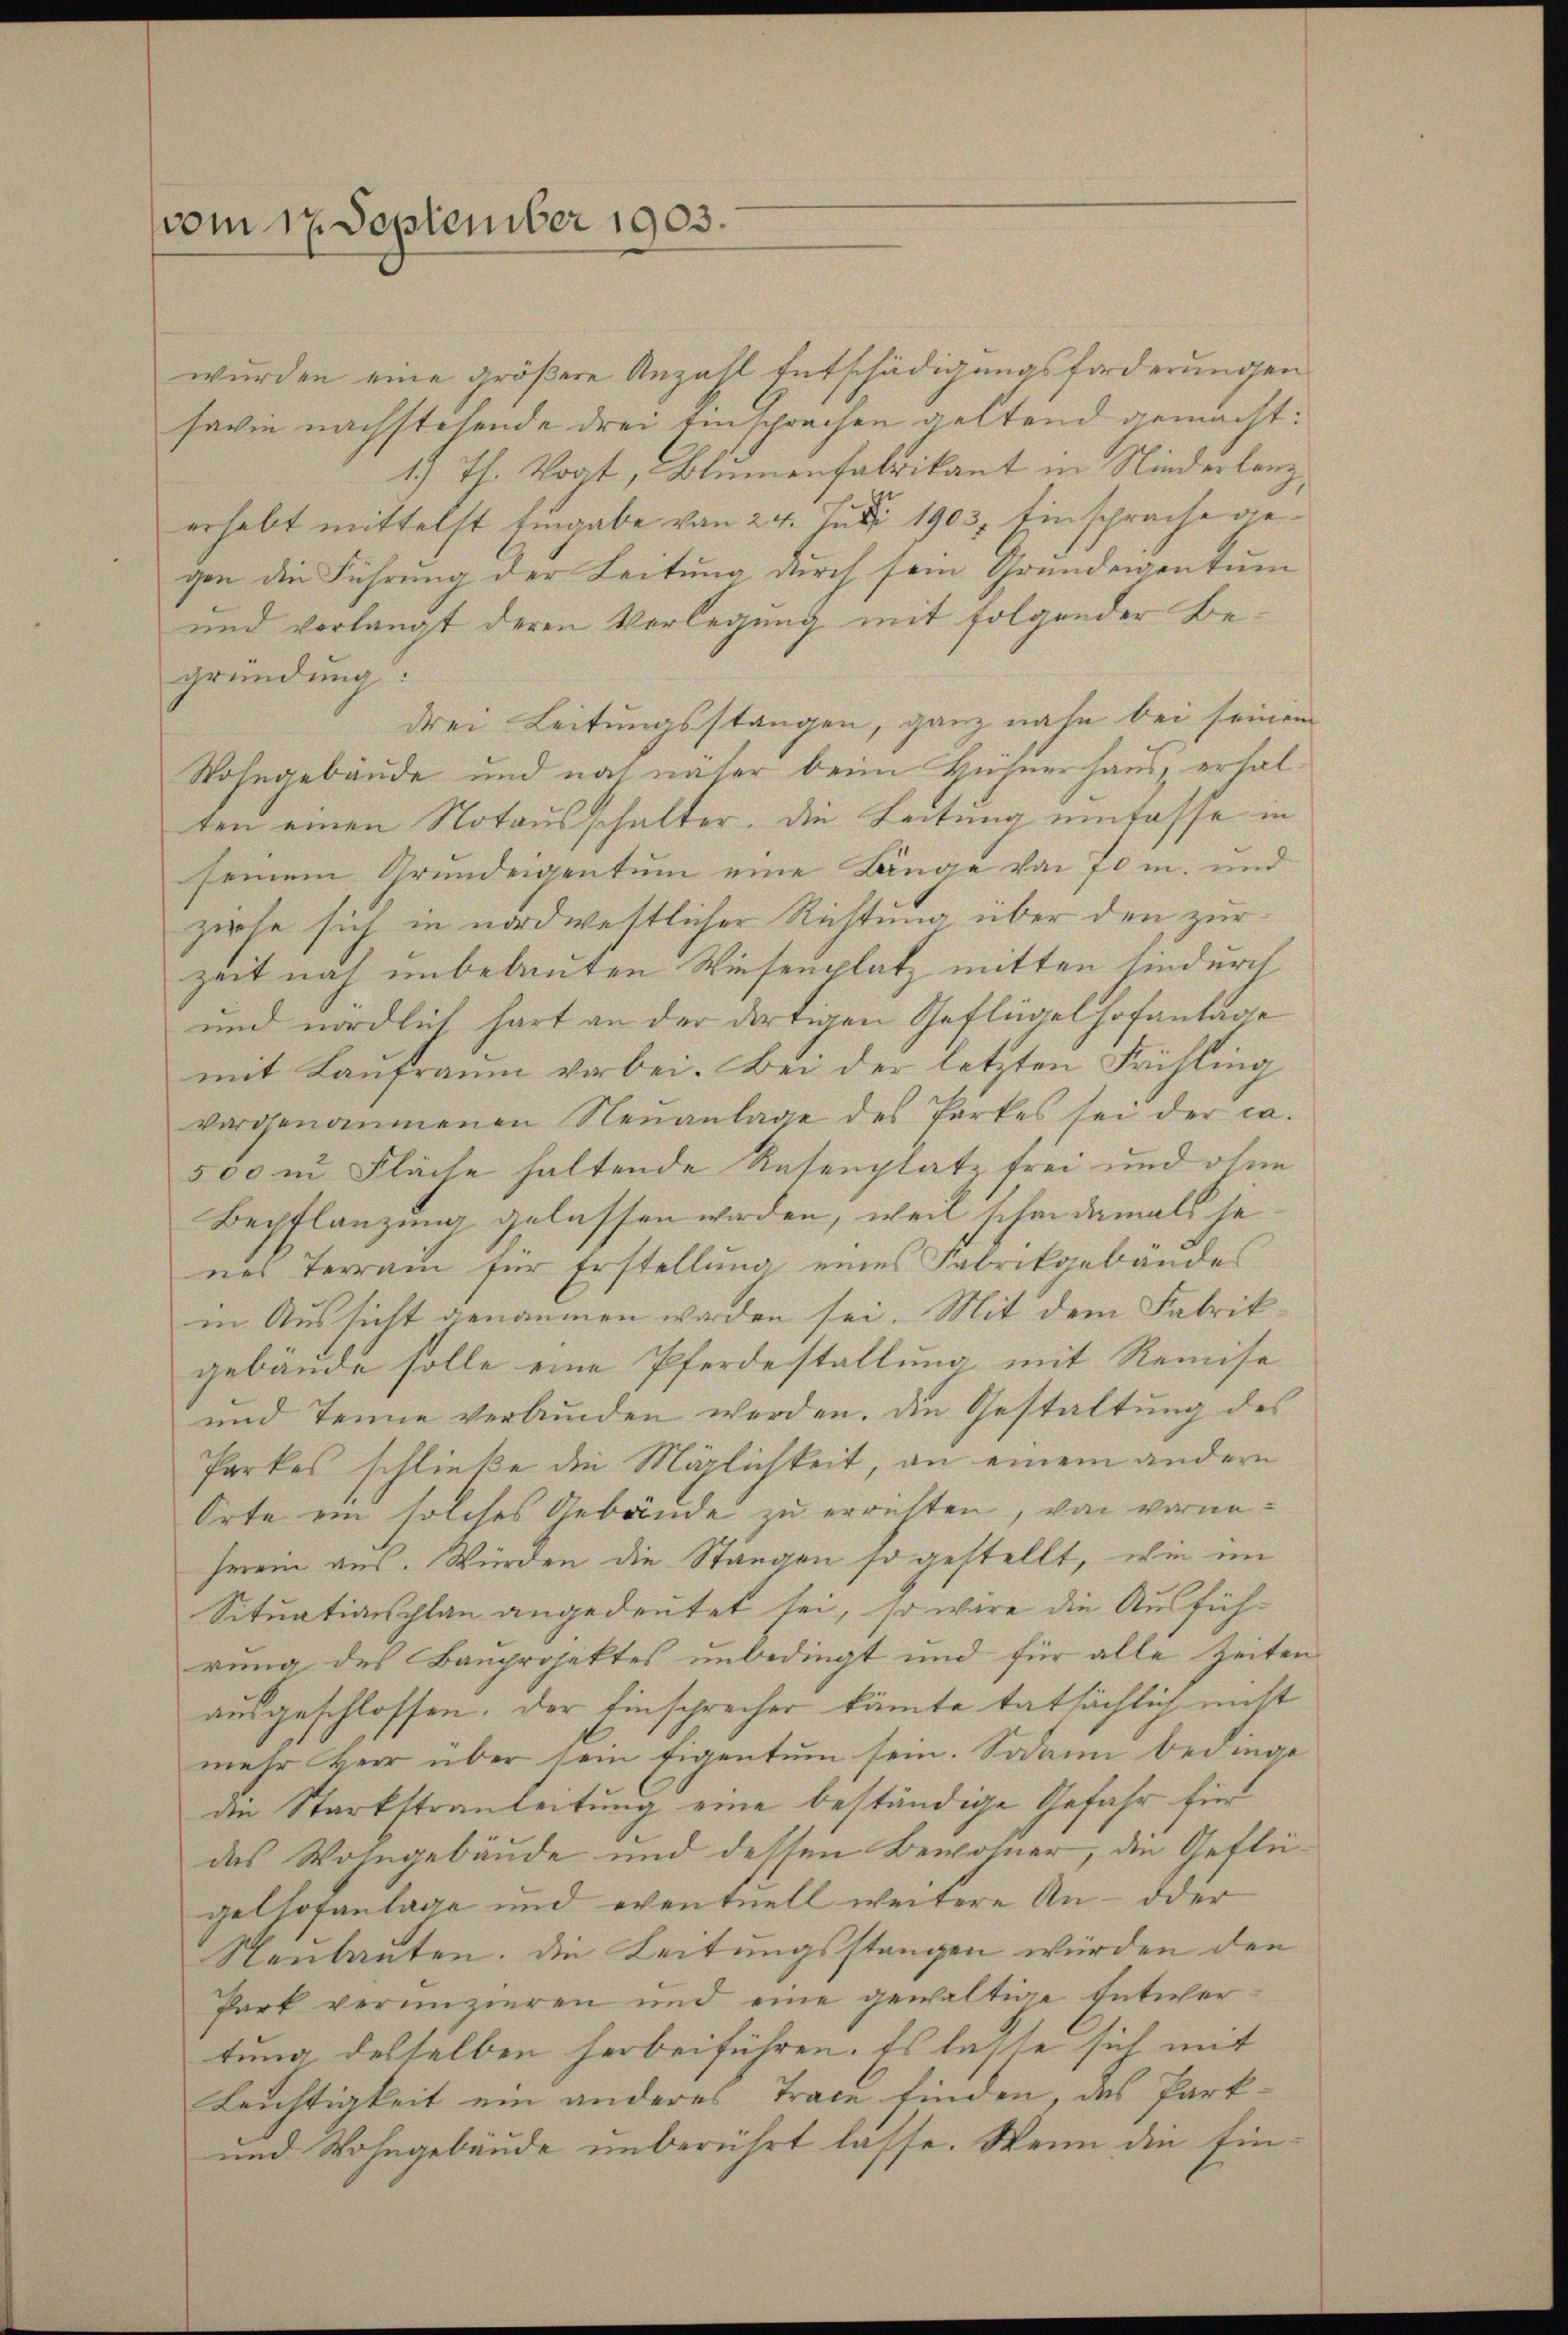
vom 17. September 1903.

wurden eine größere Anzahl Entschädigungsforderungen
savie nachstehende drei Einsprachen geltend gemacht:
1) Th. Vogt, Blumenfabrikant in Niederlang,
erhebt mittelst Eingabe von 24. Juni 1903. Einsprache gegen die Führung der Leitung durch sein Grundeigentum
und verlangt deren Vorlegung mit folgender Begründung:
drei Leitungsstangen, ganz nahe bei seinem
Wohngebäude und noch näher beim Hühnerhaus, erhalten einen Notausschalter. Die Leitung einfasse in
seinem Grundeigentum eine Länge von 70 m. und
ziehe sich in nordwestlicher Richtung über den zur
zeit noch unbebauten Wiesenplatz mitten hindurch
und nördlich hart an der dortigen Geflügelhofanlage
mit Laŭfraŭm vorbei. Bei der letzten Frühling
vorgenommenen Neŭanlage des Parkes sei der ca.
500 in Fläche haltende Rasenplatz frei und ohne
Bepflanzung gelassen worden, weil schon damals je
nes Terrain für Erstellung eines Fabrikgebäudes
in Aussicht genommen worden sei. Mit dem Fabrikgebäude solle eine Pferdestallung mit Remise
und Tenne verbunden werden. Die Gestaltung des
Parkes schließe die Möglichkeit, an einem andern
Orte ein solches Gebäude zu errichten, von vorneherein aus. Würden die Stangen so gestellt, wie im
Situationsplan angedeutet sei, so wäre die Ausführung des Bauprojektes unbedingt und für alle Zeiten
ausgeschlossen. Der Einsprecher könte tatsächlich nicht
mehr Herr über sein Eigentum sein. Sodann bedinge
an Starkstrauleitung eine beständige Gefahr für
das Wohngebäude und dessen Bewohner, die Geflügelhofanlage und eventuell weitere An- oder
Neubauten. Die Leitungsstangen würden den
Park verunzieren und eine gewältige Entwertung desselben herbeiführen. Es lasse sich mit
Leichtigkeit ein anderes Trace finden, des Park¬
und Wohngebäude unberührt lasse. Wenn die Ein¬